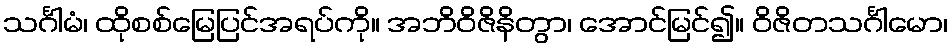
သင်္ဂါမံ၊ ထိုစစ်မြေပြင်အရပ်ကို။ အဘိဝိဇိနိတွာ၊ အောင်မြင်၍။ ဝိဇိတသင်္ဂါမော၊